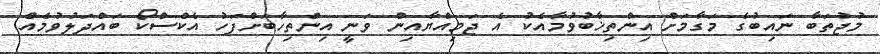
މުޖުތަބާ ނައިބުގެ މަގާމަށް އިންތިޚާބުވުމާއެކު އެ ޖަމިއްޔާއިން ވަނީ އިންތިހާބަށްފަހު އެކްސްކޯ ބައްދަލުވުމެއް